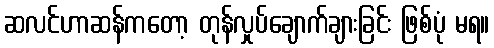
ဆလင်ဟာဆန်ကတော့ တုန်လှုပ်ချောက်ချားခြင်း ဖြစ်ပုံ မရ။